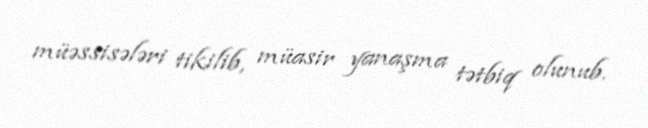
müəssisələri tikilib, müasir yanaşma tətbiq olunub.